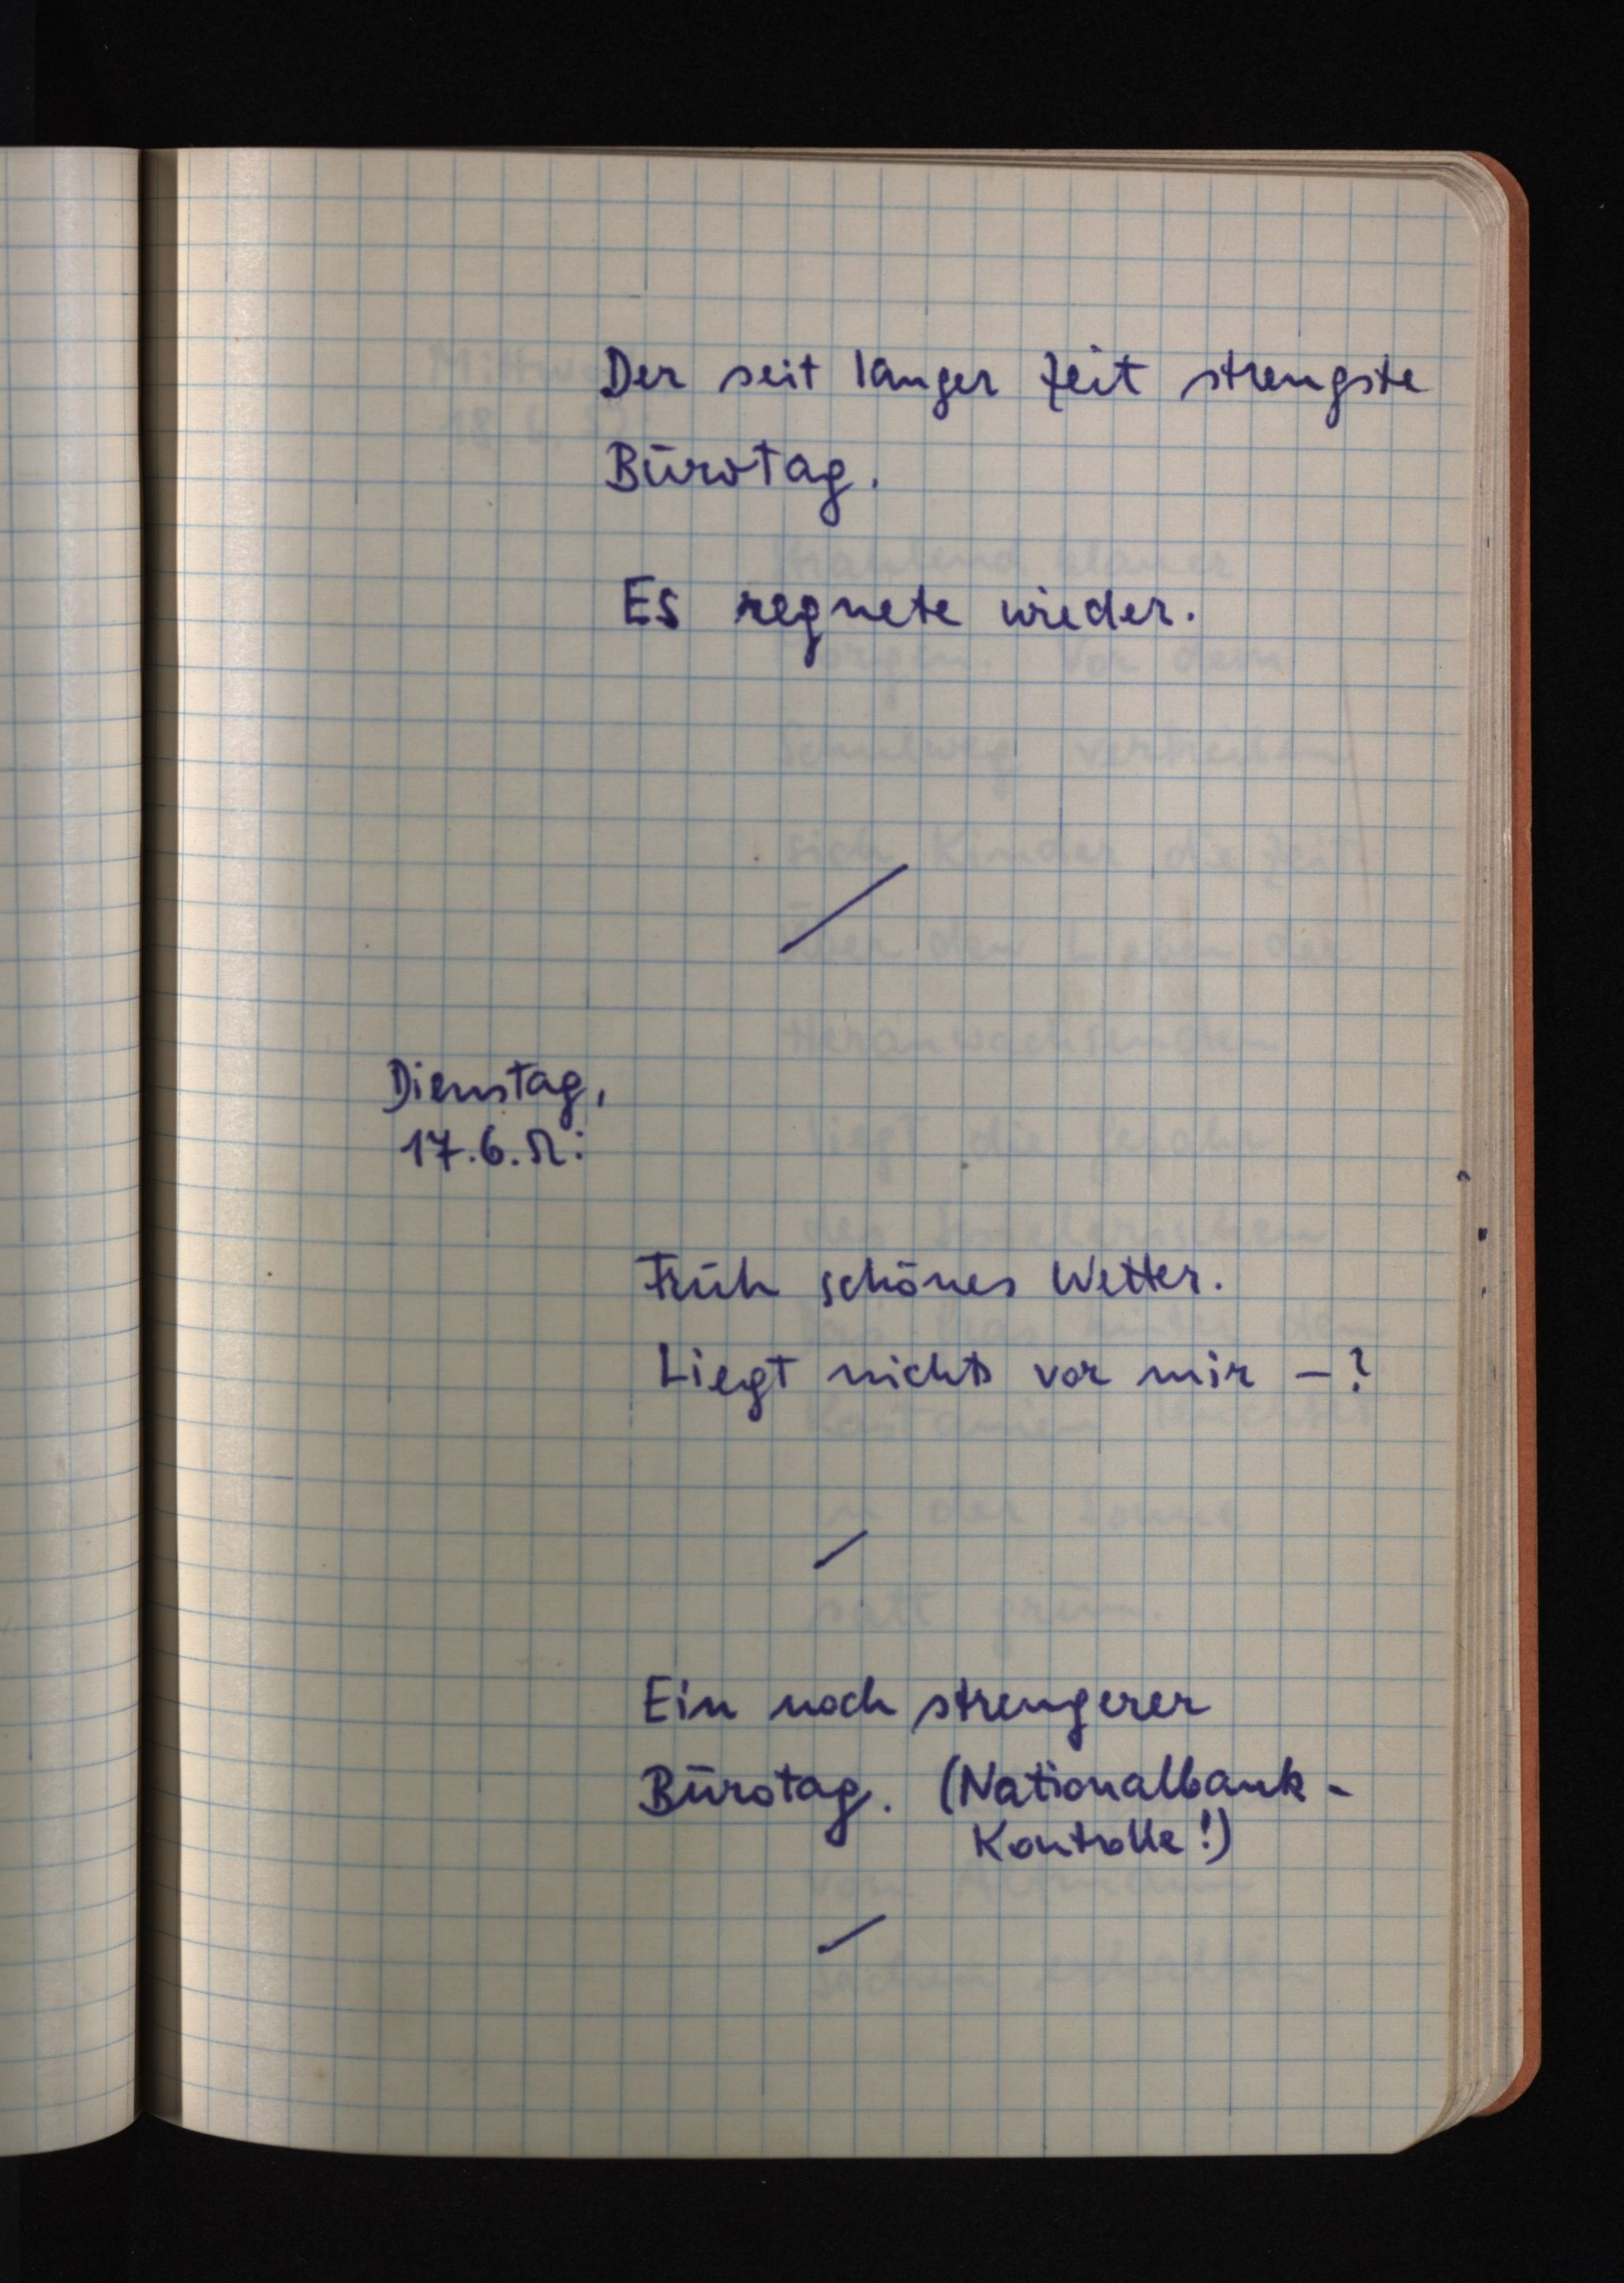
Der seit langer Zeit strengste
Bürotag.
Es regnete wieder.
Dienstag,
17.6.52:
Früh schönes Wetter.
Liegt nichts vor mir - ?
Ein noch strengerer
Bürotag. (Nationalbank-
Kontrolle!)